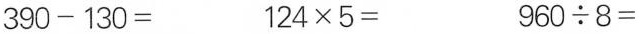
$$3 9 0 - 1 3 0 =$$ $$1 2 4 \times 5 =$$ $$9 6 0 \div 8 =$$